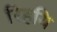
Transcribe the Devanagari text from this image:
रिहयि